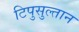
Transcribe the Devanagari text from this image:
टिपुसुल्तान